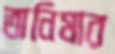
তানিমার